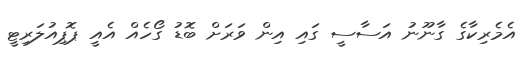
އެމެރިކާގެ ގާނޫނު އަސާސީ ގައި އިން ވަރަށް ބޮޑު ގޯހެއް އެއީ ޕޮޕިއުލަރިޓީ